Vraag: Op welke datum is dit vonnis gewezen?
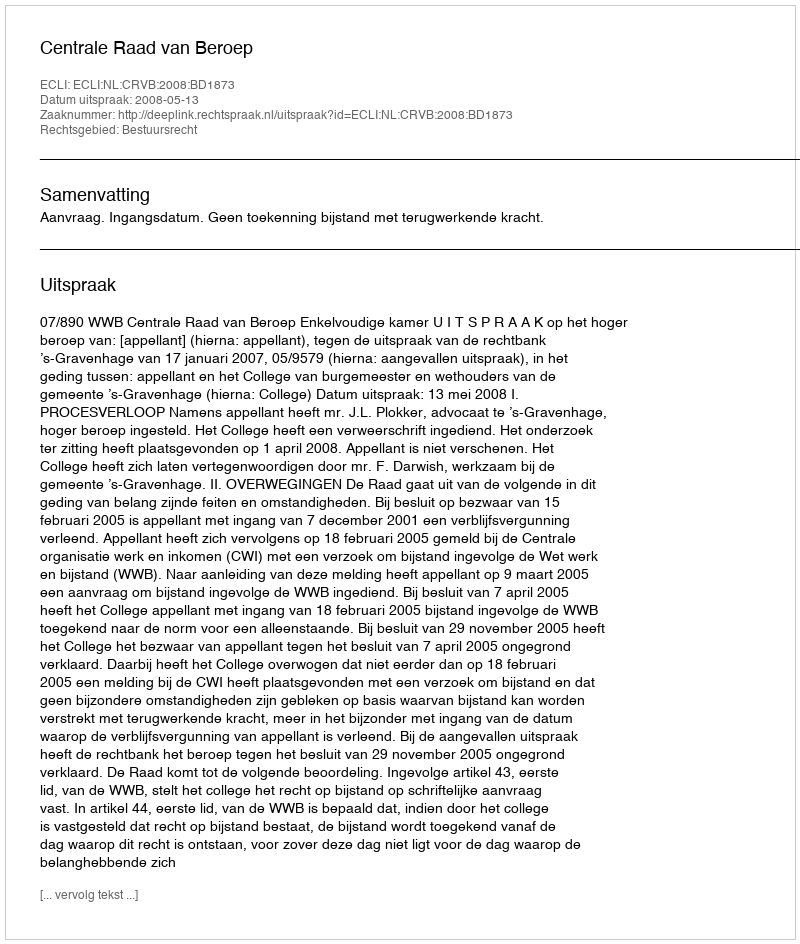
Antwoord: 2008-05-13